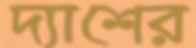
দ্যাশের